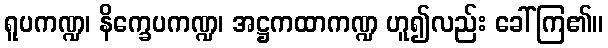
ရူပကဏ္ဍ၊ နိက္ခေပကဏ္ဍ၊ အဋ္ဌကထာကဏ္ဍ ဟူ၍လည်း ခေါ်ကြ၏။